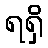
ရရှိ